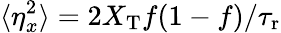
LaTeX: \langle\eta_{x}^{2}\rangle=2X_{\mathrm{T}}f(1-f)/{\tau_{\mathrm{r}}}